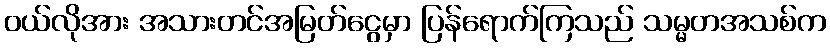
၀ယ်လိုအား အသားတင်အမြတ်ငွေမှာ ပြန်ရောက်ကြသည် သမ္မတအသစ်က